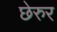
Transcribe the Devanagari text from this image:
छेरुर